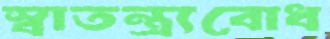
স্বাতন্ত্র্যবোধ